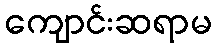
ကျောင်းဆရာမ